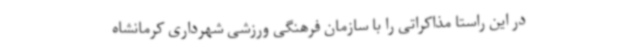
در این راستا مذاکراتی را با سازمان فرهنگی ورزشی شهرداری کرمانشاه